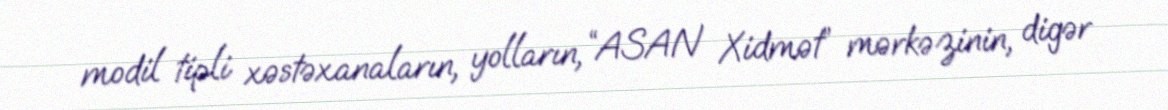
modil tipli xəstəxanaların, yolların, “ASAN Xidmət” mərkəzinin, digər